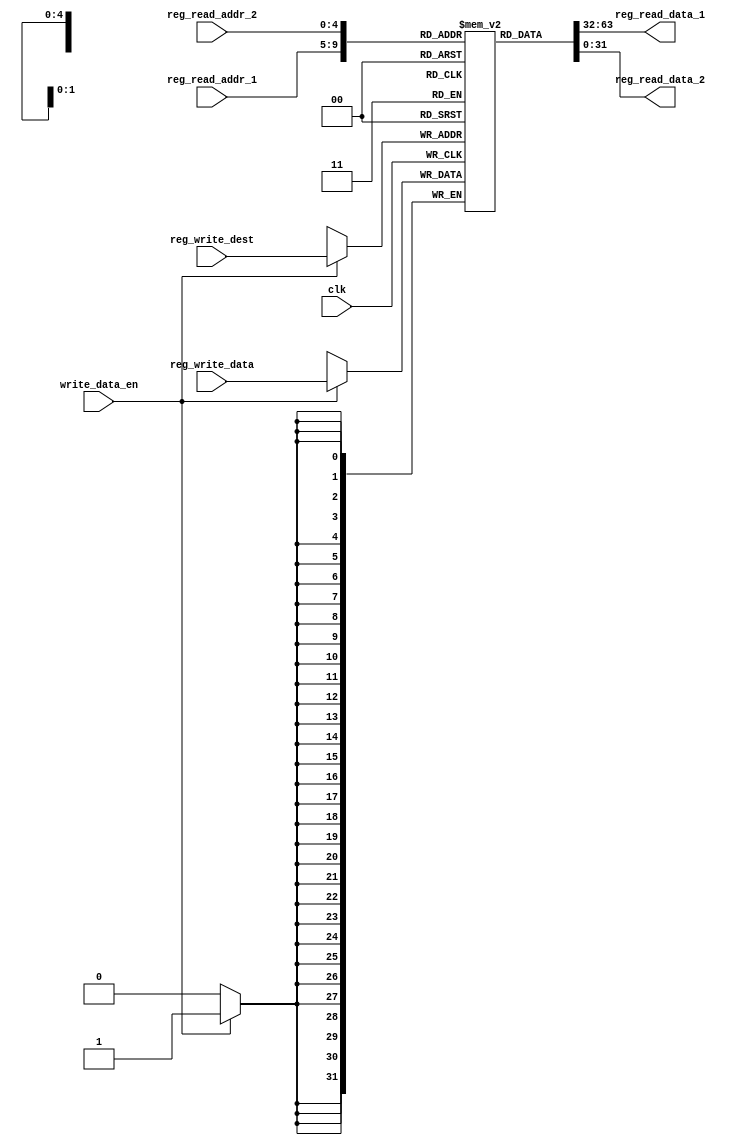
`timescale 1ns / 1ps
module Register_File(clk, reg_read_addr_1, reg_read_addr_2, reg_write_dest, reg_write_data, write_data_en, reg_read_data_1, reg_read_data_2);
	input [4:0] reg_read_addr_1, reg_read_addr_2, reg_write_dest;
	input [31:0] reg_write_data;
	input clk, write_data_en;
	output reg [31:0] reg_read_data_1, reg_read_data_2;
	reg [31:0] reg_mem [31:0];
	integer i;
	
	initial begin
		for(i = 0; i <= 31; i = i + 1) begin
			reg_mem[i] <= 32'h0000000;
		end
		reg_mem[0] <= 32'h161;
		reg_mem[1] <= 32'h5;
		reg_mem[2] <= 32'h5;
		reg_mem[5] <= 32'h16;
	end
	
	always@(*) begin
		reg_read_data_1 <= reg_mem[reg_read_addr_1];
		reg_read_data_2 <= reg_mem[reg_read_addr_2];
	end

	always@(posedge clk) begin
		if(write_data_en) begin
			reg_mem[reg_write_dest] <= reg_write_data;
		end
	end
	
endmodule